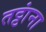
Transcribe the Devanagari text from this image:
तट्टांना